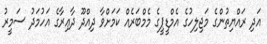
އަދި ރައްޔިތުންގެ މަޖިލިހުގެ އެމްޑީޕީގެ މެމްބަރެއް ކަމަށްވާ ދިއްދޫ ދާޢިރާގެ އަހުމަދު ސަމީރު